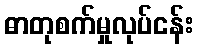
ဓာတုစက်မှုလုပ်ငန်း